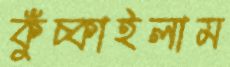
কুঁচ্‌কাইলাম